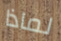
لماذا